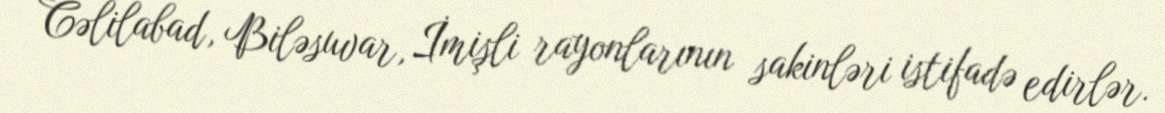
Cəlilabad, Biləsuvar, İmişli rayonlarının sakinləri istifadə edirlər.